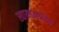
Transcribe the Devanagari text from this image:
स्वायत्तताअधिक